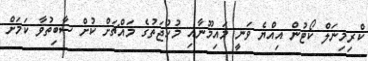
ކްރިމިނަލް ކޯޓުން އިއްޔެ ވަނީ މައިމޫނާއި މުހުޖަތުގެ މައްޗަށް ކުށް ސާބިތުވާ ކަމަށް